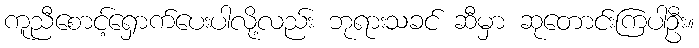
ကူညီစောင့်ရှောက်ပေးပါလို့လည်း ဘုရားသခင် ဆီမှာ ဆုတောင်းကြပါဦး။